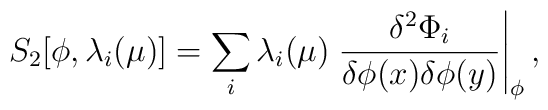
S_2[\phi,\lambda_i(\mu)] = \sum_i \lambda_i(\mu) \left.{\delta^2\Phi_i\over\delta\phi(x)\delta\phi(y)}\right|_{\phi},